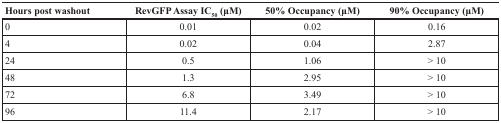
<table><thead><tr><td><b>Hours post washout</b></td><td><b>RevGFP Assay IC<sub>50</sub> (μM)</b></td><td><b>50% Occupancy (μM)</b></td><td><b>90% Occupancy (μM)</b></td></tr></thead><tbody><tr><td>0</td><td>0.01</td><td>0.02</td><td>0.16</td></tr><tr><td>4</td><td>0.02</td><td>0.04</td><td>2.87</td></tr><tr><td>24</td><td>0.5</td><td>1.06</td><td>&gt; 10</td></tr><tr><td>48</td><td>1.3</td><td>2.95</td><td>&gt; 10</td></tr><tr><td>72</td><td>6.8</td><td>3.49</td><td>&gt; 10</td></tr><tr><td>96</td><td>11.4</td><td>2.17</td><td>&gt; 10</td></tr></tbody></table>